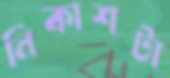
নিকাশটা